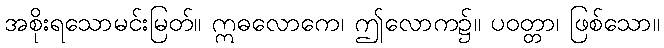
အစိုးရသောမင်းမြတ်။ ဣဓလောကေ၊ ဤလောက၌။ ပဝတ္တာ၊ ဖြစ်သော။